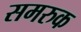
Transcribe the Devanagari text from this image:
समरुक